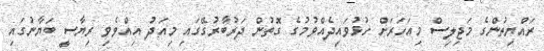
ރައްޔިތުންގެ މަޖިލިސް މިއަހަރަށް ހުޅުވައިދެއްވުމުގެ ގޮތުން ދަރުބާރުގޭގައި މިއަދު އިއްވެވި ރިޔާސީ ބަޔާނުގައި